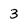
Character: 3